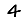
Digit: 4